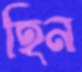
হিন